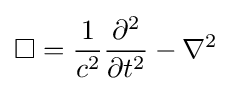
\Box ={\frac {1}{c^{2}}}{\frac {\partial ^{2}}{\partial t^{2}}}-\nabla ^{2}